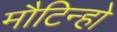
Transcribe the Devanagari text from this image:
मौटिन्हो